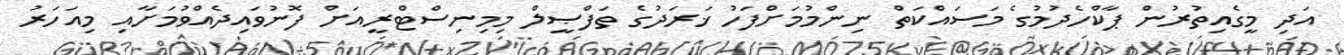
އަދި މީގެއިތުރުން ޕާކްހެދުމުގެ މަސައްކަތް ނިންމުމަށްފަހު ޚަރަދުގެ ތަފްޞީލް މިމިނިސްޓްރީއަށް ފޮނުވައިދެއްވުމަށާއިި މިއަހަރު